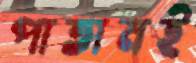
পাতামই